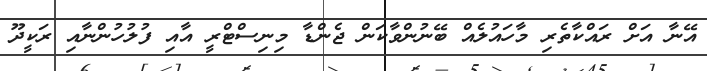
އޭނާ އަށް ރައްކާތެރި މާހައުލެއް ބޭނުންވާކަން ޖެންޑާ މިނިސްޓްރީ އާއި ފުލުހުންނާއި ރަކީދޫ